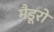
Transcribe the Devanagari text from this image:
मैडूरो